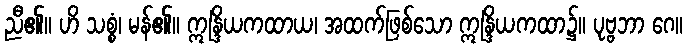
ညီ၏။ ဟိ သစ္စံ၊ မန်၏။ ဣန္ဒြိယကထာယ၊ အထက်ဖြစ်သော ဣန္ဒြိယကထာ၌။ ပုဗ္ဗဘာ ဂေ။